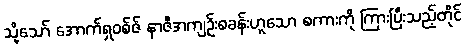
သို့သော် အောက်ရှဝစ်ဇ် နာဇီအကျဉ်းစခန်းဟူသော စကားကို ကြားပြီးသည့်တိုင်